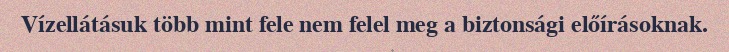
Vízellátásuk több mint fele nem felel meg a biztonsági előírásoknak.